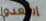
إبتعدوا